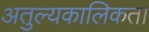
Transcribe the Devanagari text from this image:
अतुल्यकालिकता